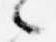
々